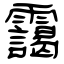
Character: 靄